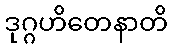
ဒုဂ္ဂဟိတေနာတိ